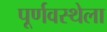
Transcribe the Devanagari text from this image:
पूर्णवस्थेला